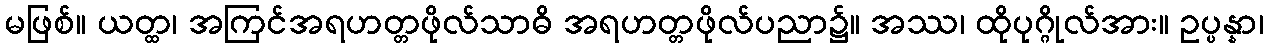
မဖြစ်။ ယတ္ထ၊ အကြင်အရဟတ္တဖိုလ်သာဓိ အရဟတ္တဖိုလ်ပညာ၌။ အဿ၊ ထိုပုဂ္ဂိုလ်အား။ ဥပ္ပန္နာ၊